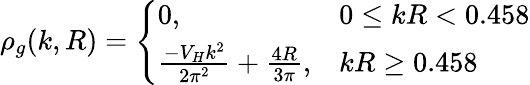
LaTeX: \rho_{g}(k,R)=\left\{ \begin{array}{ll}{{0,}}&{{0\leq kR<0.458}}\\ {{\frac{-V_{H}k^{2}}{2\pi^{2}}+\frac{4R}{3\pi},}}&{{kR\geq 0.458}}\end{array}\right.